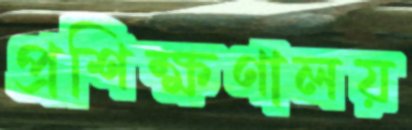
প্রশিক্ষণালয়